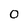
Character: 0